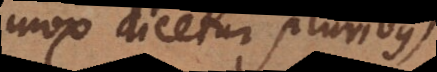
mox dicetur pluribus),